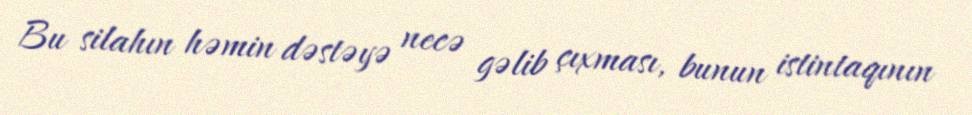
Bu silahın həmin dəstəyə necə gəlib çıxması, bunun istintaqının